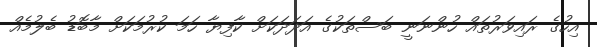
އިހުގެ ރައިވަރުތައް ހުންނަނީ ބަސްތަކުގެ އަދަދަކަށް ކާފިޔާ ހަމަ ކުރުމަކަށް މާބޮޑު ބެލުމެއް